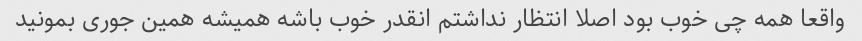
واقعا همه چی خوب بود اصلا انتظار نداشتم انقدر خوب باشه همیشه همین جوری بمونید